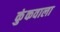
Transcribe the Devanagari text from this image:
कुंकवाला